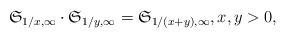
LaTeX: \begin{align*}\mathfrak S_{1/x,\infty}\cdot\mathfrak S_{1/y,\infty}=\mathfrak S_{1/(x+y),\infty},x,y>0,\end{align*}